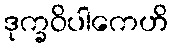
ဒုက္ခဝိပါကေဟိ